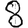
Digit: 8